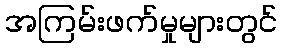
အကြမ်းဖက်မှုများတွင်